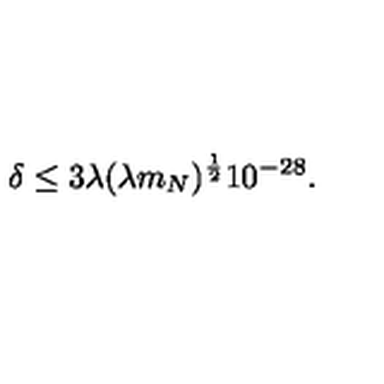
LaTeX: \delta \leq 3 \lambda ( \lambda m _ { N } ) ^ { \frac { 1 } { 2 } } 1 0 ^ { - 2 8 } .